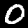
Label: 0